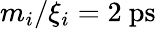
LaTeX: m_{i}/\xi_{i}=2\ \mathrm{ps}